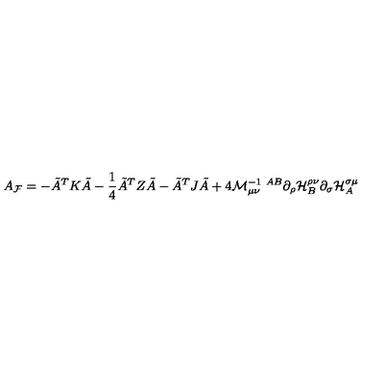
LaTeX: A _ { \cal F } = - \tilde { A } ^ { T } K \tilde { A } - \frac { 1 } { 4 } \tilde { A } ^ { T } Z \tilde { A } - \tilde { A } ^ { T } J \tilde { A } + 4 { \cal M } _ { \mu \nu } ^ { - 1 \ A B } \partial _ { \rho } { \cal H } _ { B } ^ { \rho \nu } \partial _ { \sigma } { \cal H } _ { A } ^ { \sigma \mu }